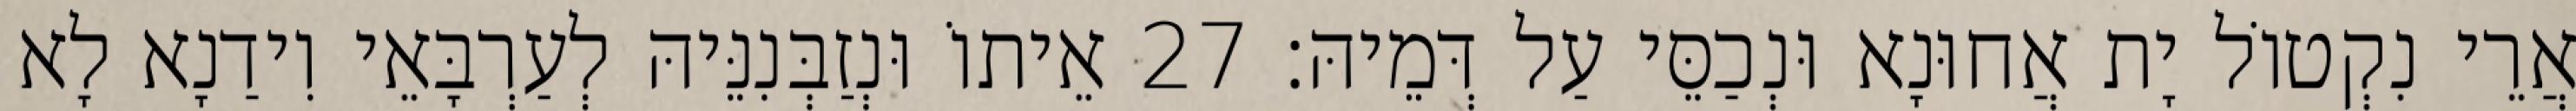
אֲרֵי נִקְטוֹל יָת אֲחוּנָא וּנְכַסֵּי עַל דְּמֵיהּ׃ 27 אֵיתוֹ וּנְזַבְּנִנֵּיהּ לְעַרְבָּאֵי וִידַנָא לָא